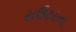
રાઉટરના